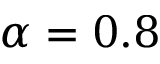
\alpha = 0 . 8